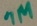
Text: 1M